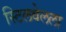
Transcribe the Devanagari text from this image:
स्टिलवेलला